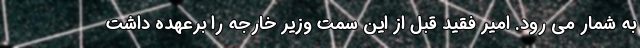
به شمار می رود. امیر فقید قبل از این سمت وزیر خارجه را برعهده داشت